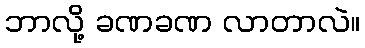
ဘာလို့ ခဏခဏ လာတာလဲ။